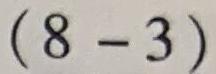
$(8 - 3)$